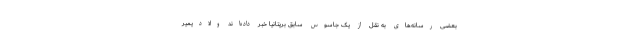
بعضی رسانه‌های به نقل از یک جاسوس سابق بریتانیا خبر داده‌اند ولادیمیر